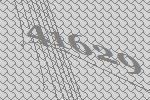
41629